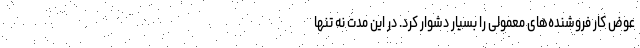
عوض کار فروشنده‌های معمولی را بسیار دشوار کرد. در این مدت نه تنها